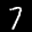
Label: 7